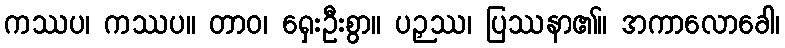
ကဿပ၊ ကဿပ။ တာဝ၊ ရှေးဦးစွာ။ ပဉှဿ၊ ပြဿနာ၏။ အကာလောခေါ၊